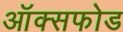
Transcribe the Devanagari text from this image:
ऑक्सफोड